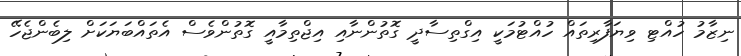
ނިޒާމު ހުއްޓި ވިޔަފާރިތައް ހުއްޓުމަކީ އިގްތިސާދީ ގޮތުންނާއި އިޖްތިމާއީ ގޮތުންވެސް އެތައްބަޔަކަށް ލިބެންޖެހޭ